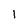
Character: 1